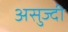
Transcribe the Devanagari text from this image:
असुज्दी